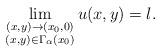
LaTeX: \begin{align*}\lim_{\substack{(x,y)\to(x_0,0)\\ (x,y)\in\Gamma_{\alpha}(x_0)}}u(x,y)=l.\end{align*}